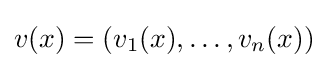
v(x)=(v_{1}(x),\dots ,v_{n}(x))